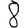
Digit: 8